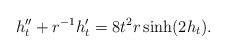
\begin{align*}h_t''+r^{-1}h_t'=8t^2r\sinh(2h_t).\end{align*}